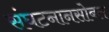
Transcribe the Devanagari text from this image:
संघटनानसोबत